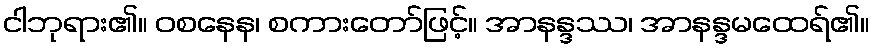
ငါဘုရား၏။ ဝစနေန၊ စကားတော်ဖြင့်။ အာနန္ဒဿ၊ အာနန္ဒမထေရ်၏။